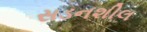
સડનશીલ